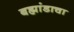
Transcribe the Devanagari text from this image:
बह्मांडाचा